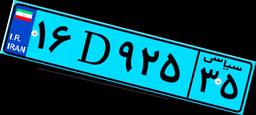
۳۵D۰۷۵۶۳